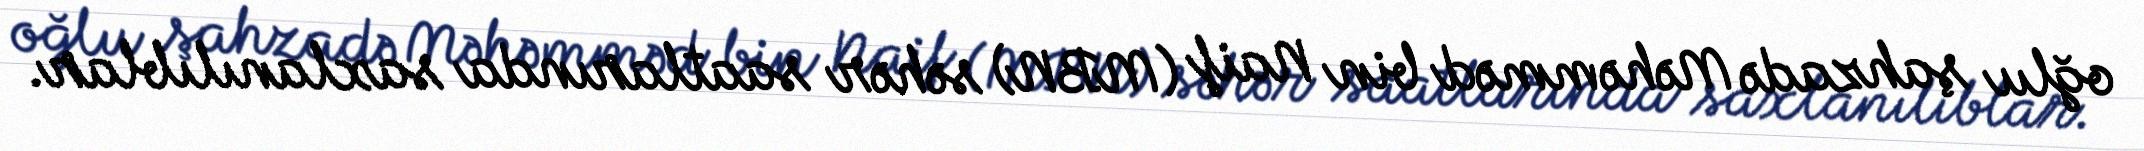
oğlu şahzadə Məhəmməd bin Naif (MBN) səhər saatlarında saxlanılıblar.